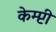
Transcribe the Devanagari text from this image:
केम्प्टी